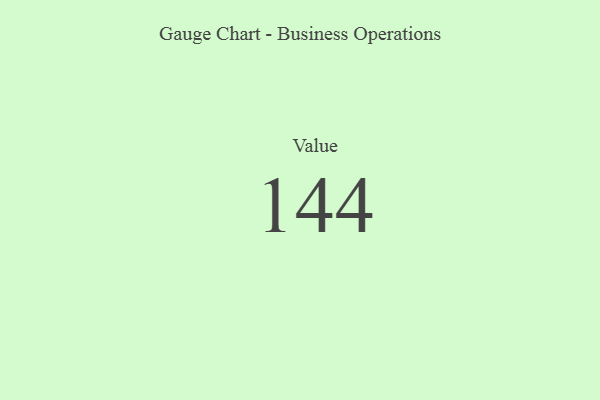
{"axis": {"x": "Metric", "y": "Value"}, "legend": [""], "data": [{"x": "Value", "y": 144, "type": ""}]}